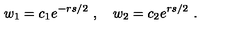
w _ { 1 } = c _ { 1 } e ^ { - r s / 2 } \ , \quad w _ { 2 } = c _ { 2 } e ^ { r s / 2 } \ .